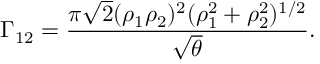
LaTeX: \Gamma _ { 1 2 } = { \frac { \pi \sqrt { 2 } ( \rho _ { 1 } \rho _ { 2 } ) ^ { 2 } ( \rho _ { 1 } ^ { 2 } + \rho _ { 2 } ^ { 2 } ) ^ { 1 / 2 } } { \sqrt { \theta } } } . \;